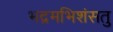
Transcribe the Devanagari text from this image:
भद्रमभिशंसतु